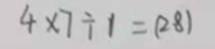
4 \times 7 \div 1 = ( 2 8 )